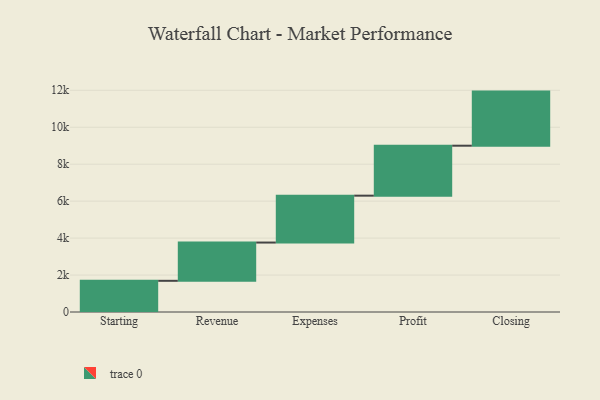
{"axis": {"x": "Step", "y": "Value"}, "legend": [""], "data": [{"x": "Starting", "y": 1688.0, "type": ""}, {"x": "Revenue", "y": 2071.0, "type": ""}, {"x": "Expenses", "y": 2538.0, "type": ""}, {"x": "Profit", "y": 2704.0, "type": ""}, {"x": "Closing", "y": 2928.0, "type": ""}]}